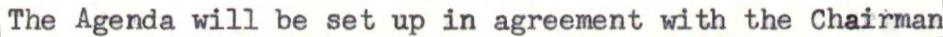
The Agenda will be set up in agreement with the Chairman